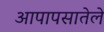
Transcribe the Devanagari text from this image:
आपापसातेले